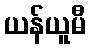
ယန်ယူမီ